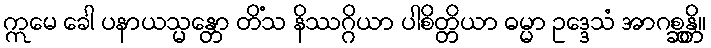
ဣမေ ခေါ ပနာယသ္မန္တော တိံသ နိဿဂ္ဂိယာ ပါစိတ္တိယာ ဓမ္မာ ဥဒ္ဒေသံ အာဂစ္ဆန္တိ။